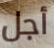
أجل